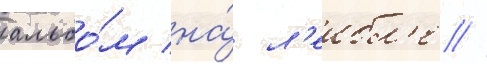
альбо́м на́ л'еибл'е //